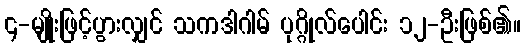
၄-မျိုးဖြင့်ပွားလျှင် သကဒါဂါမ် ပုဂ္ဂိုလ်ပေါင်း ၁၂-ဦးဖြစ်၏။